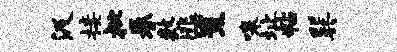
汲接批眷数洮一策嗥址粘巽